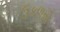
ઉકળતી